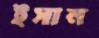
ইসান